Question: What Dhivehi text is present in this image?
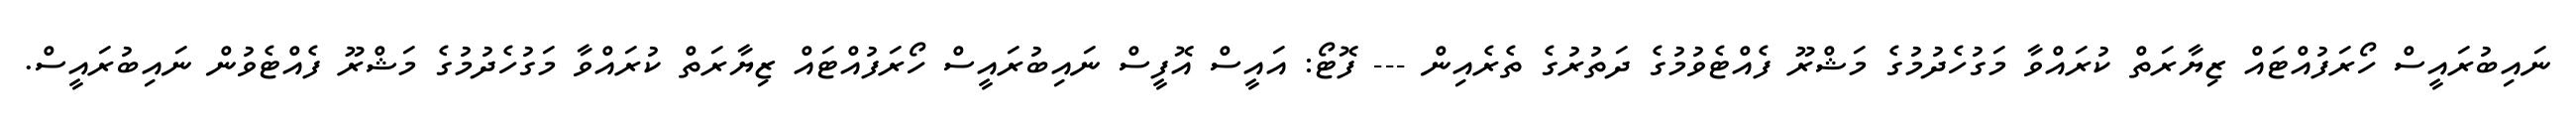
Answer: ނައިބުރައީސް ހޯރަފުއްޓައް ޒިޔާރަތް ކުރައްވާ މަގުހެދުމުގެ މަޝްރޫ ފެއްޓެވުމުގެ ދަތުރުގެ ތެރެއިން --- ފޮޓޯ: އައީސް އޮފީސް ނައިބުރައީސް ހޯރަފުއްޓައް ޒިޔާރަތް ކުރައްވާ މަގުހެދުމުގެ މަޝްރޫ ފެއްޓެވުން ނައިބުރައީސް.